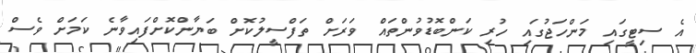
އެ ސިޓީގައި މަންހަޖުގައި ހުރި ކަންބޮޑުވުންތައް ވަރަށް ތަފްސީލުކޮށް ބަޔާންކޮށްފައިވާނެ ކަމަށް ވެސް